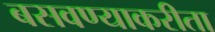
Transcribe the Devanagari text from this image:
बसवण्याकरीता